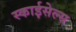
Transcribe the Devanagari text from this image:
स्काईसेल्स